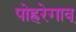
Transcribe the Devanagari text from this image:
पोह्ररेगाव्